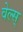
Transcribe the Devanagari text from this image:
वेल्स्